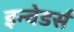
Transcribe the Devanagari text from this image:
इन्वेडर्स